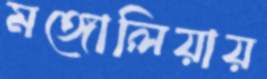
মঙ্গোলিয়ায়